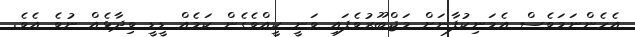
އެހެންނަމަވެސް އެމަނިކުފާނަށް މަޖްބޫރުވެފައި ވަނީ ކީއްވެގެން ކަމެއް ޑީޑީ ވިދާޅެއް ނުވެ އެވެ.